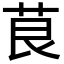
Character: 茛